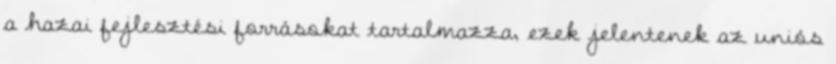
a hazai fejlesztési forrásokat tartalmazza, ezek jelentenek az uniós